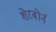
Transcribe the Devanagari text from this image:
शेरबोर्न